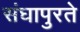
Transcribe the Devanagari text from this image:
संघापुरते